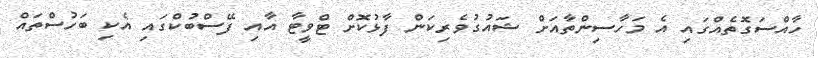
ހާއްސަގޮތެއްގައި އެ މަހާސިންތާއަށް ޝައުގުވެރިކަން ފާޅުކޮށް ޓްވީޓާ އާއި ފޭސްބުކްގައި އެކި ބަހުސްތައް